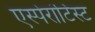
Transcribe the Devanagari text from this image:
एस्पेरांटिस्ट